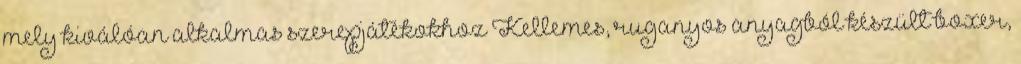
mely kiválóan alkalmas szerepjátékokhoz Kellemes, ruganyos anyagból készült boxer,